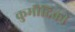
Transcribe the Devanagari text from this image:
कुमौदिकी